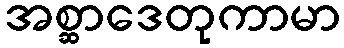
အစ္ဆာဒေတုကာမာ